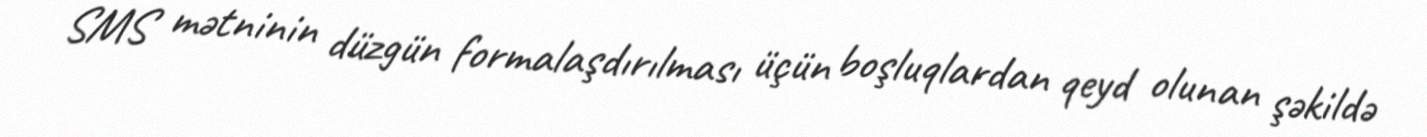
SMS mətninin düzgün formalaşdırılması üçün boşluqlardan qeyd olunan şəkildə